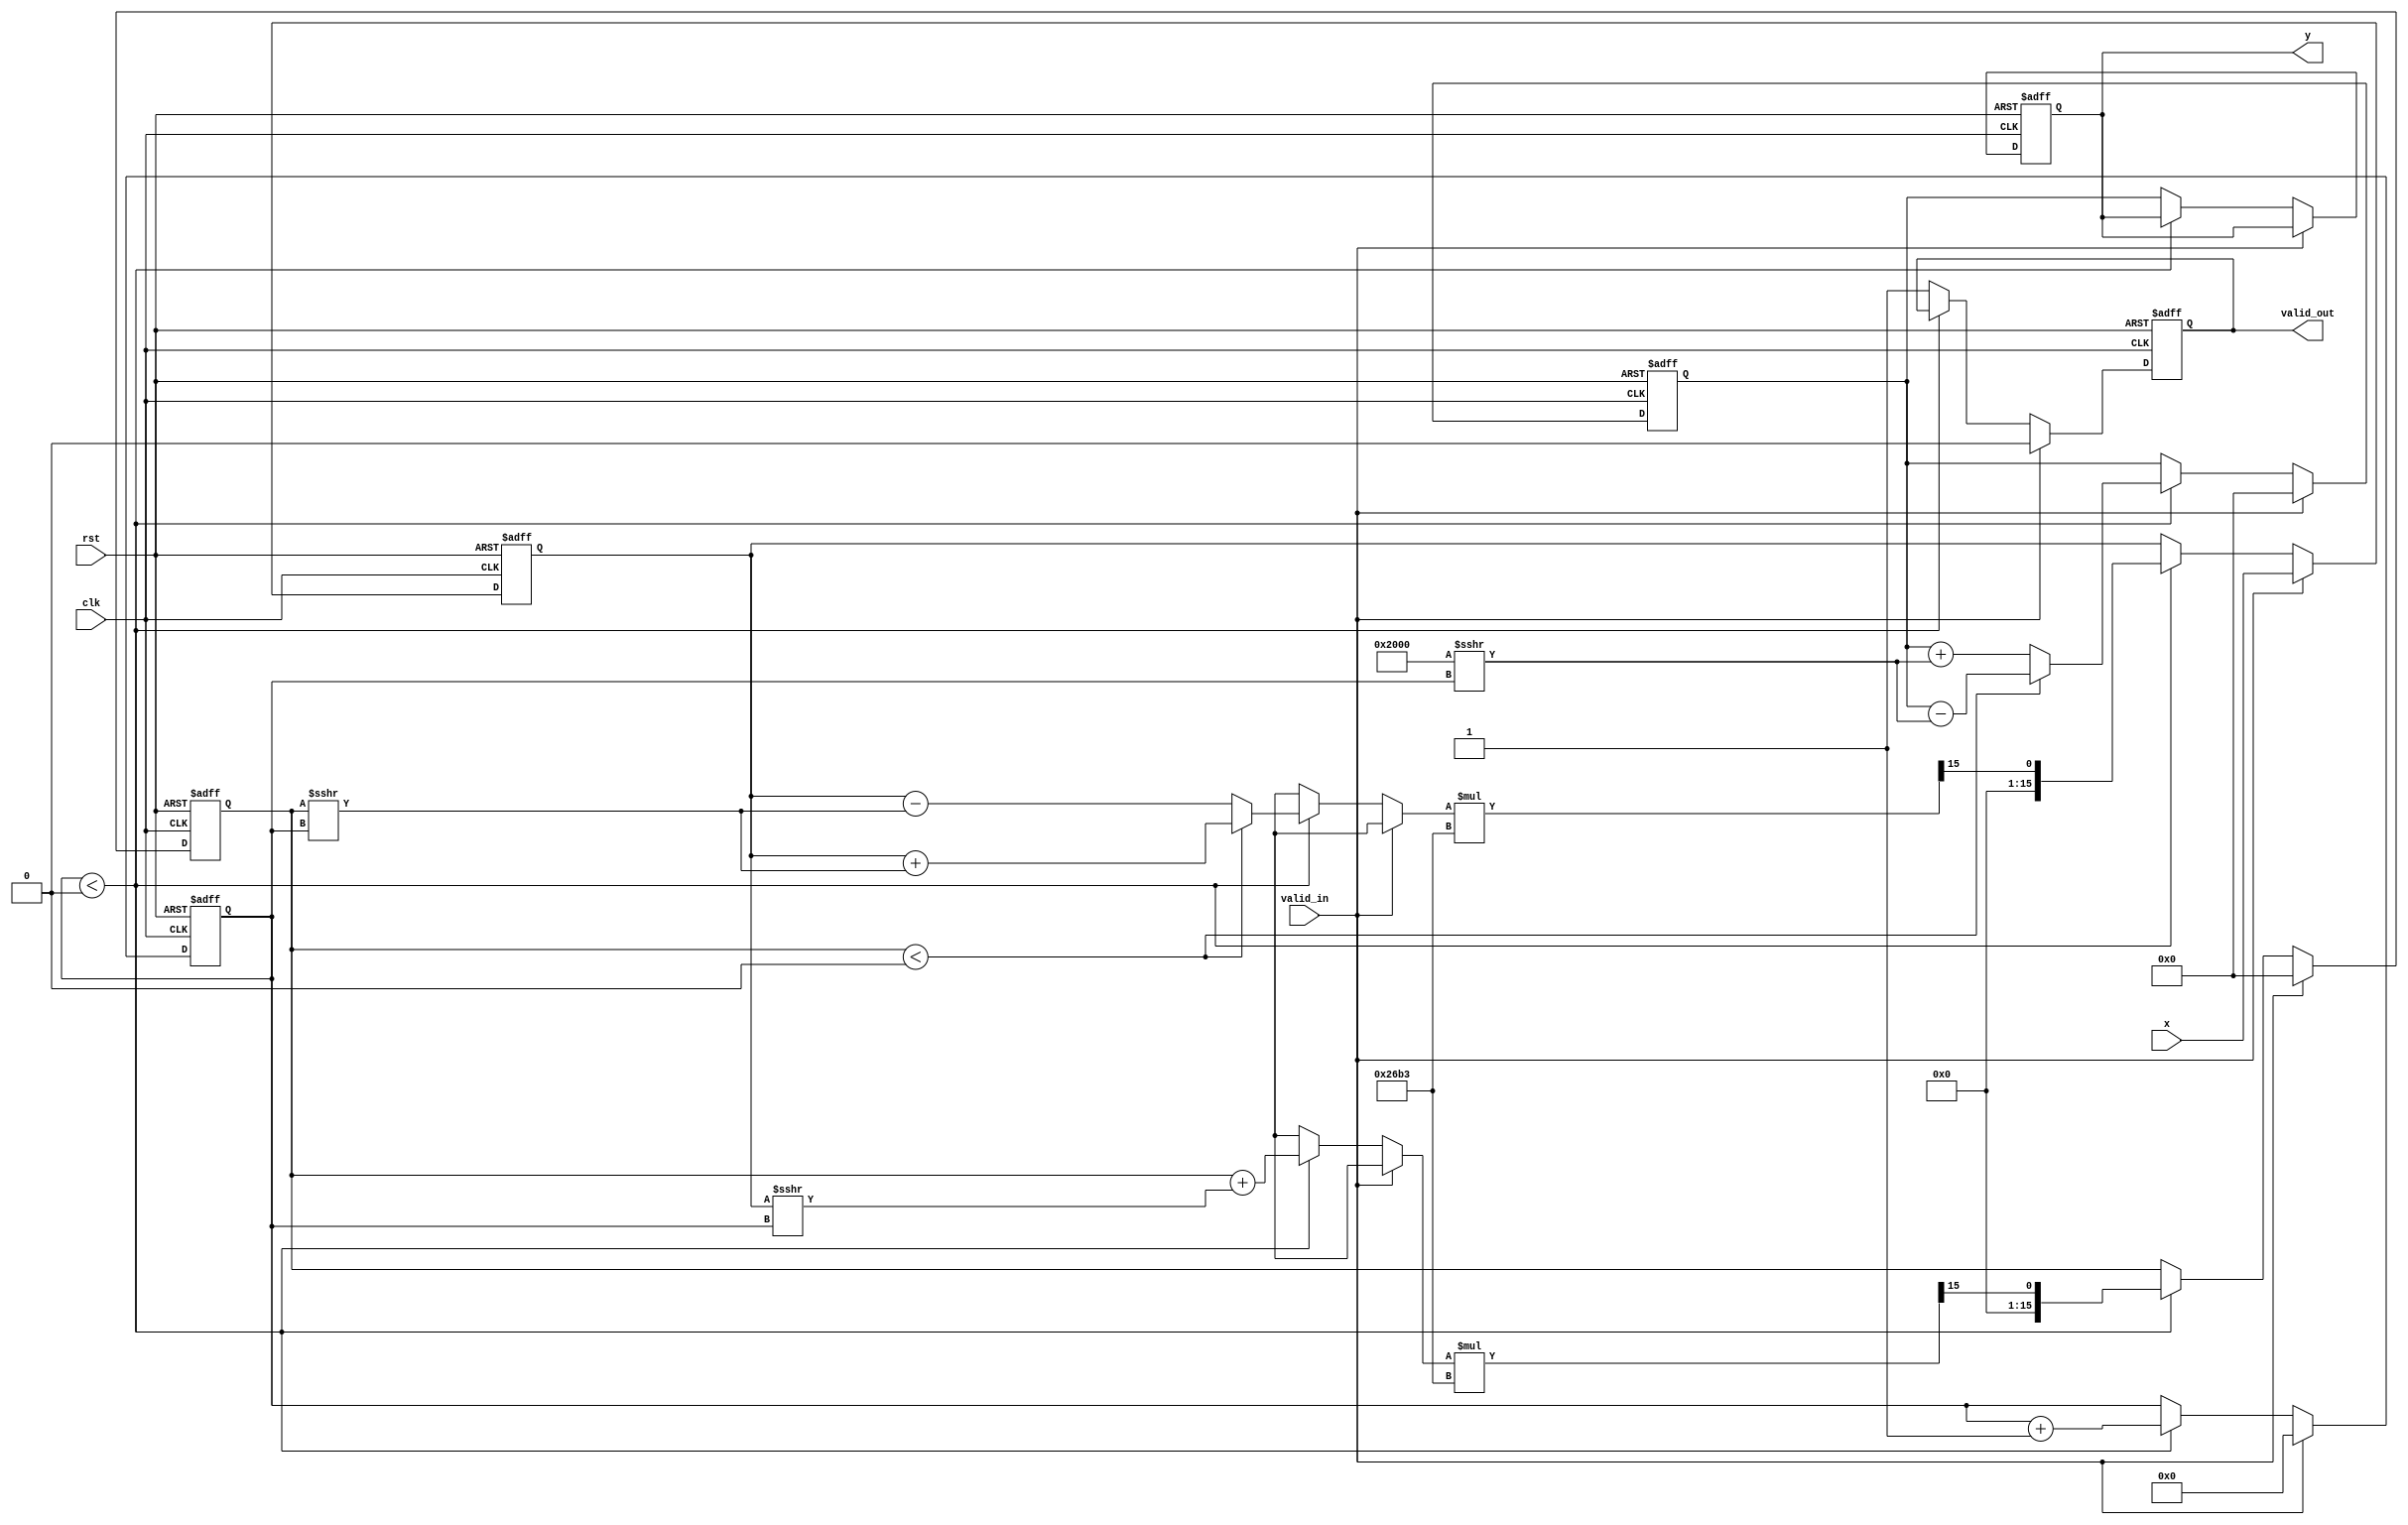
module atan_block (
    input wire clk,
    input wire rst,
    input wire valid_in,
    input wire [15:0] x, // Fixed-point input value (Q1.15 format)
    output reg [15:0] y,  // Fixed-point output value (Q1.15 format)
    output reg valid_out
);

    reg [15:0] angle; // accumulator for the angle in fixed-point
    reg [15:0] x_curr, y_curr; // current x and y values
    reg [3:0] iteration; // iteration counter
    reg [15:0] x_temp, y_temp; // temporary variables for calculations

    parameter [15:0] K = 16'h26B3; // Constant K value in Q1.15 format (~0.607)

    // atan using CORDIC method
    always @(posedge clk or posedge rst) begin
        if (rst) begin
            angle <= 16'h0000;
            x_curr <= 0;
            y_curr <= 0;
            iteration <= 4'd0;
            valid_out <= 1'b0;
            y <= 16'h0000;
        end else if (valid_in) begin
            x_curr <= x;
            y_curr <= 0;
            angle <= 16'h0000;
            iteration <= 4'd0;
            valid_out <= 1'b0;
        end else if (iteration < 4'd16) begin // 16 iterations for accuracy
            if (y_curr < 0) begin
                x_temp = x_curr + (y_curr >>> iteration);
                y_temp = y_curr + (x_curr >>> iteration);
                angle = angle - (16'h2000 >>> iteration); // subtract angle
            end else begin
                x_temp = x_curr - (y_curr >>> iteration);
                y_temp = y_curr + (x_curr >>> iteration);
                angle = angle + (16'h2000 >>> iteration); // add angle
            end
            x_curr <= x_temp * K >>> 15; // scaling factor
            y_curr <= y_temp * K >>> 15; // scaling factor
            iteration <= iteration + 1;
        end else begin
            y <= angle;
            valid_out <= 1'b1; // output is valid
        end
    end

endmodule